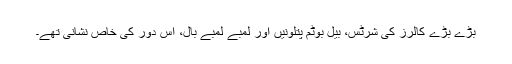
بڑے بڑے کالرز کی شرٹس، بیل بوٹم پتلونیں اور لمبے لمبے بال، اُس دور کی خاص نشانی تھے۔